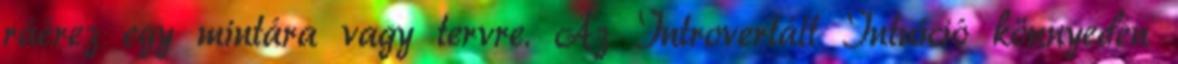
ráérez egy mintára vagy tervre. Az Introvertált Intuíció könnyedén